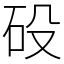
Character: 砓